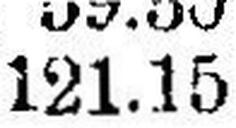
121.15